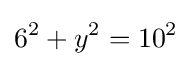
6^{2}+y^{2}=10^{2}